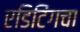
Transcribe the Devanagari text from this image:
एडिटिंगचा